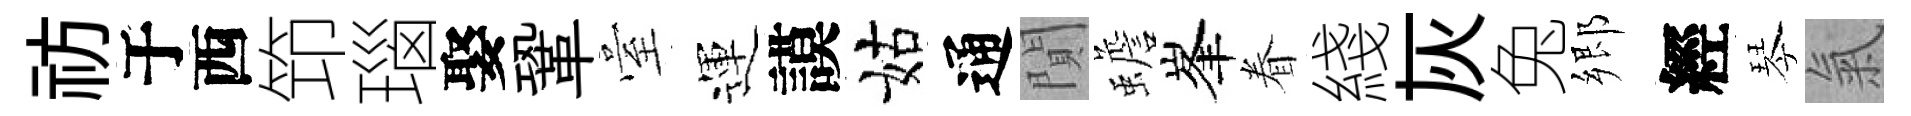
祊于西笻瑙娶鞏臺運謨姑通閴蟾峯眷綫灰兔郷經琴氣